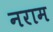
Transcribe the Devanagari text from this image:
नराम